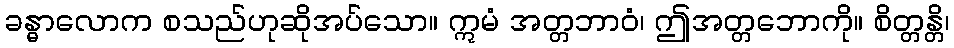
ခန္ဓာလောက စသည်ဟုဆိုအပ်သော။ ဣမံ အတ္တဘာဝံ၊ ဤအတ္တဘောကို။ စိတ္တန္တိ၊